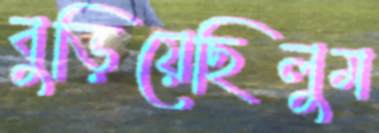
বুড়িয়েছিলুম